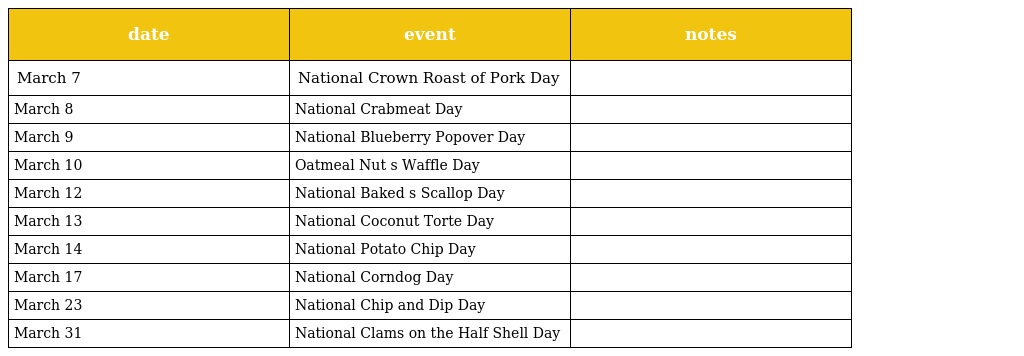
| date | event | notes |
 | --- | --- | --- |
 | March 7 | National Crown Roast of Pork Day |  |
 | March 8 | National Crabmeat Day |  |
 | March 9 | National Blueberry Popover Day |  |
 | March 10 | Oatmeal Nut s Waffle Day |  |
 | March 12 | National Baked s Scallop Day |  |
 | March 13 | National Coconut Torte Day |  |
 | March 14 | National Potato Chip Day |  |
 | March 17 | National Corndog Day |  |
 | March 23 | National Chip and Dip Day |  |
 | March 31 | National Clams on the Half Shell Day |  |